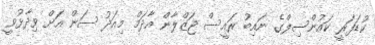
ކުޑަފަރީ ކައުންސިލްގެ ނައިބު ރައީސް ޖަޒްލާން އާދަމް މިއަދު ސަން އަށް ވިދާޅުވީ